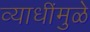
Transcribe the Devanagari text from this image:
व्याधींमुळे